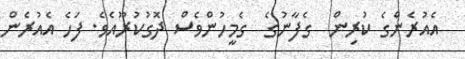
އެއުރެންގެ ކުރިން  ގެފާނުގެ  ގެމީހުންވެސް ދޮގުކުރޫއެވެ. ފަހެ އެއުރެން